Report of the Imperial Institute of Veterinary Research, Muktesar
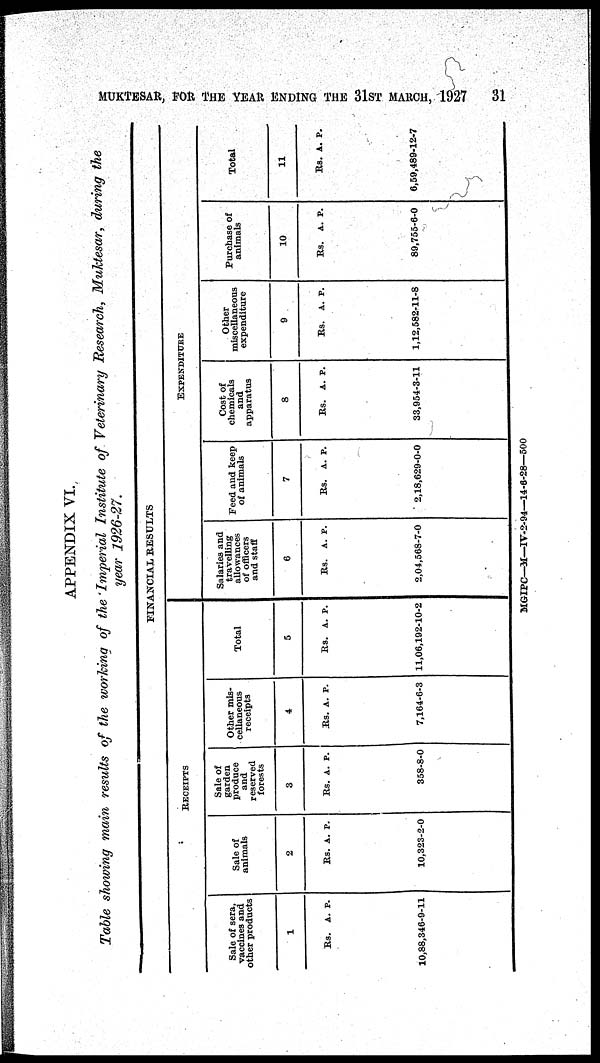
MUKTESAR, FOR THE YEAR ENDING THE 31ST MARCH, 1927
31
APPENDIX VI.
Table showing main results of the working of the Imperial Institute of Veterinary Research, Muktesar, during the
year 1926-27.
Sale of sera,
vaccines and
other products
1
Rs. A. P.
10,88,346-9-11
Sale of
animals
2
Rs. A. P.
10,323-2-0
RECEIPTS
Sale of
garden
produce
and
reserved
forests
3
Rs. A. P.
358-8-0
Other mis-
cellaneous
receipts
4
Rs. A. P.
7,164-6-3
FINANCIAL RESULTS
Total
5
Rs. A. P.
11,06,192-10-2
Salaries
travelling
allowances
of officers
and staff
6
Rs. A. P.
2,04,568-7-0
Feed and keep
of animals
7
Rs. A. P.
2,18,629-0-0
EXPENDITURE
Cost of
chemicals
and
apparatus
8
Rs. A. P.
33,954-3-11
Other
miscellaneous
expenditure
9
Rs. A. P.
1,12,582-11-8
Purchase of
animals
10
Rs. A. P.
89,755-6-0
Total
11
Rs. A. P.
6,59,489-12-7
MGIPC—M—IV-2-94—14-6-28—500